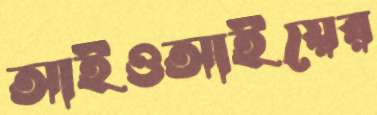
আইওআইয়ের